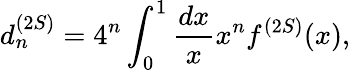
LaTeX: d_{n}^{(2S)}=4^{n}\int_{0}^{1}\frac{dx}{x}x^{n}f^{(2S)}(x),